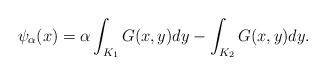
LaTeX: \begin{align*} \psi_{\alpha} (x) = \alpha \int_{K_1} G(x,y) dy - \int_{K_2} G(x,y) dy . \end{align*}